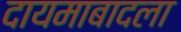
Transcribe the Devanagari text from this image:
दायमाबादला